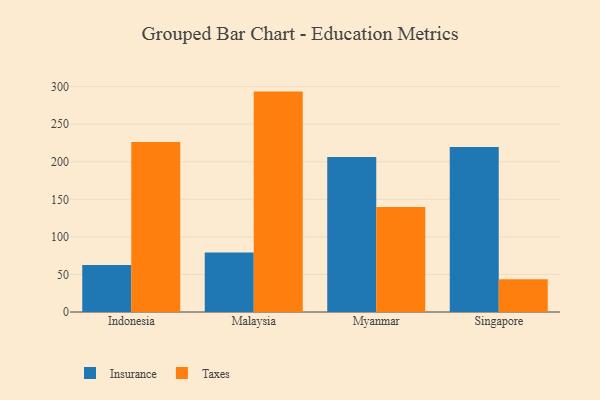
{"axis": {"x": "Country", "y": "Tickets Resolved"}, "legend": ["Insurance", "Taxes"], "data": [{"x": "Indonesia", "y": 62.6, "type": "Insurance"}, {"x": "Indonesia", "y": 226.2, "type": "Taxes"}, {"x": "Malaysia", "y": 79.1, "type": "Insurance"}, {"x": "Malaysia", "y": 293.4, "type": "Taxes"}, {"x": "Myanmar", "y": 206.5, "type": "Insurance"}, {"x": "Myanmar", "y": 139.8, "type": "Taxes"}, {"x": "Singapore", "y": 219.8, "type": "Insurance"}, {"x": "Singapore", "y": 43.7, "type": "Taxes"}]}